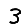
Digit: 3